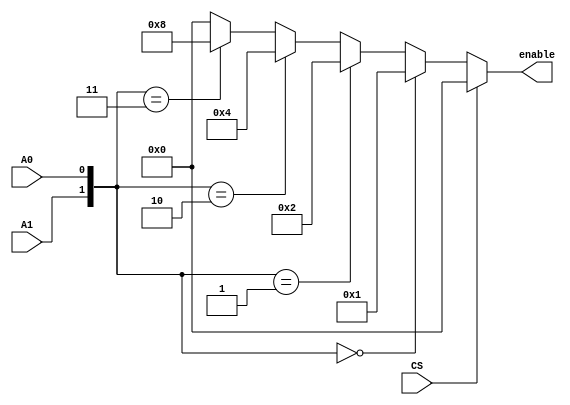
module RW(
    input CS, 
    // input RD, not needed
    // input WR, not needed
    input A0,
    input A1,
    output [3:0] enable // enable[0] for counter 0 , enable[1] for counter 1, enable[2] for counter 2, and enable[3] for control
);

// CS has to be low for any operations.

// Assign the enable.
assign enable = CS == 1'b1 ? 4'b0000 :
                {A1, A0} == 2'b00 ? 4'b0001 : 
                {A1, A0} == 2'b01 ? 4'b0010 : 
                {A1, A0} == 2'b10 ? 4'b0100 :
                {A1, A0} == 2'B11 ? 4'b1000 : 4'b0000;

endmodule